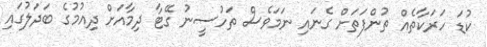
ކުޑަ ހަރަކާތެއް ތުންފަތަށް ގެނައި ނަމަވެސް ތަހުސީނު ގޭޓާ ދިމާއަށް ދިއުމުގެ ބަދަލުގައި